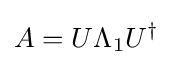
A=U\Lambda _{1}U^{\dagger }